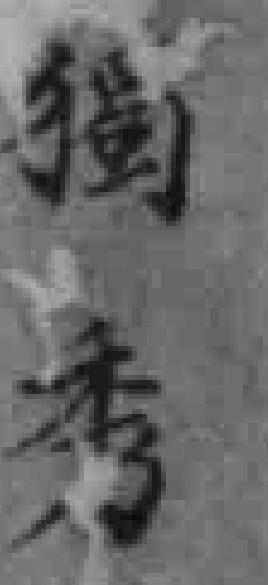
獨秀